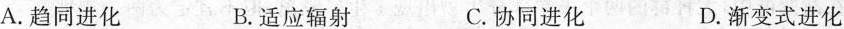
A.趋同进化 B.适应辐射 C.协同进化 D.渐变式进化